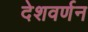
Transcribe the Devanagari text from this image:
देशवर्णन